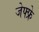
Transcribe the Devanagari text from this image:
जेफ्फ्रे